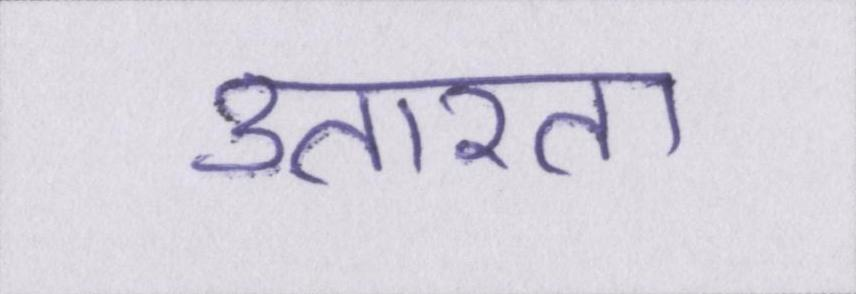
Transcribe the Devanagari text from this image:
उतारता